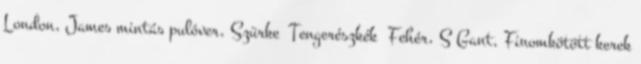
London, James mintás pulóver, Szürke Tengerészkék Fehér, S Gant, Finomkötött kerek